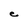
Character: e